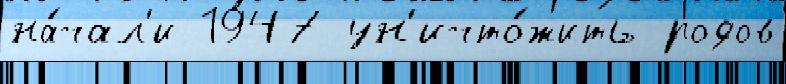
на́чал'и 1947 ун'ичто́жить родов